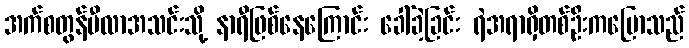
အက်စတွန်ဗီလာအသင်းသို့ နာရီဖြစ်နေကြောင်း ခေါ်ခဲ့ခြင်း ရဲအရာရှိတစ်ဦးကပြောသည်